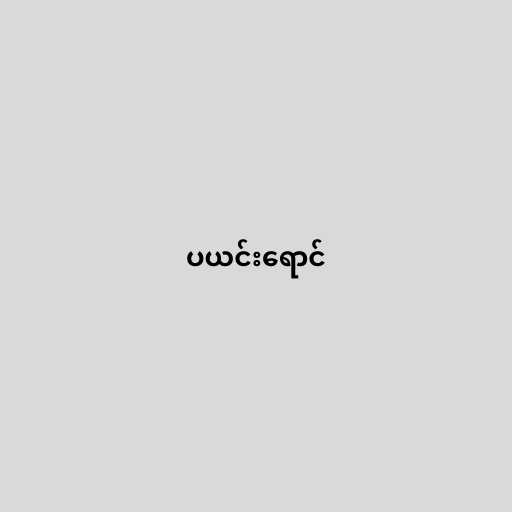
ပယင်းရောင်